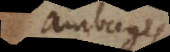
ambages